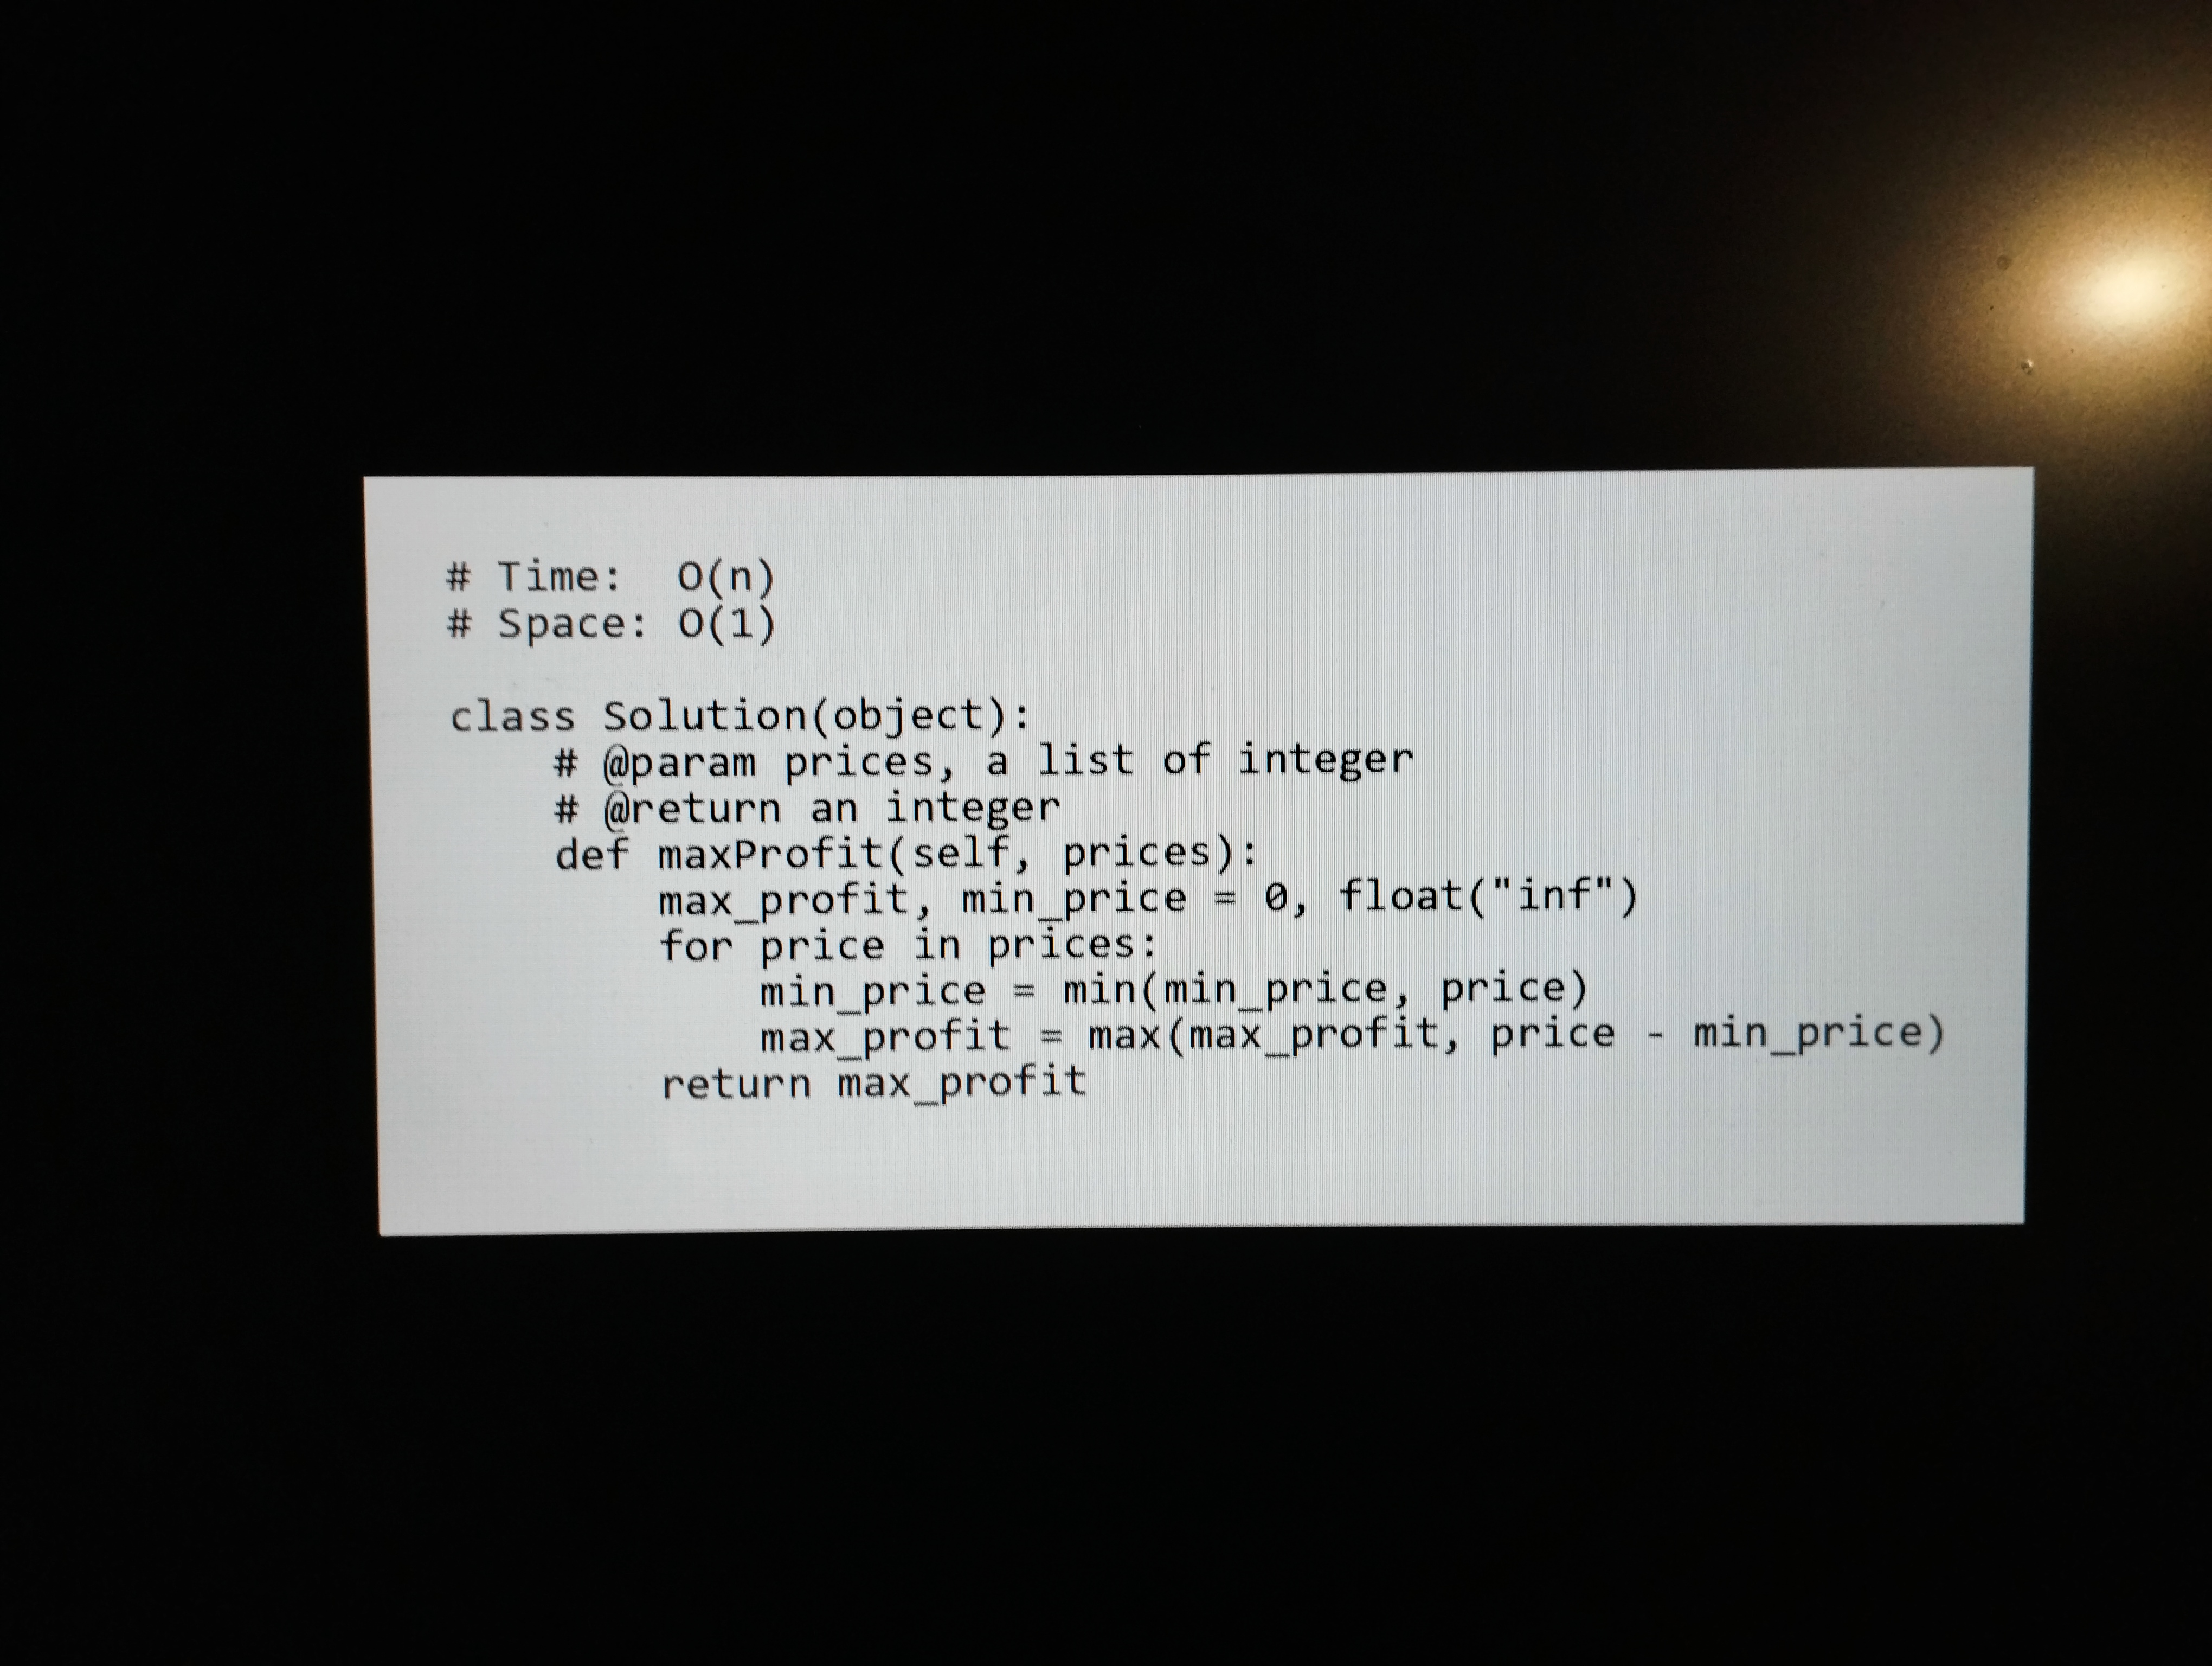
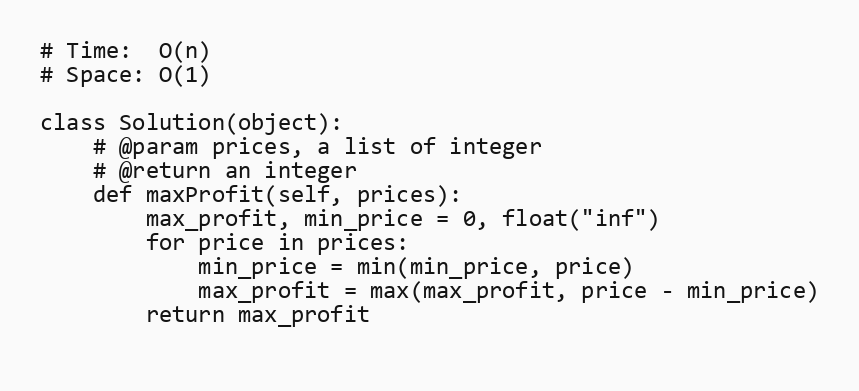
# Time:  O(n)
# Space: O(1)

class Solution(object):
    # @param prices, a list of integer
    # @return an integer
    def maxProfit(self, prices):
        max_profit, min_price = 0, float("inf")
        for price in prices:
            min_price = min(min_price, price)
            max_profit = max(max_profit, price - min_price)
        return max_profit